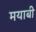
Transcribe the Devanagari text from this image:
मयाबी